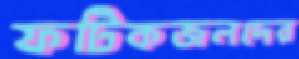
ফটিকজলদের